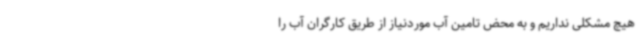
هیچ مشکلی نداریم و به محض تامین آب موردنیاز از طریق کارگران آب را